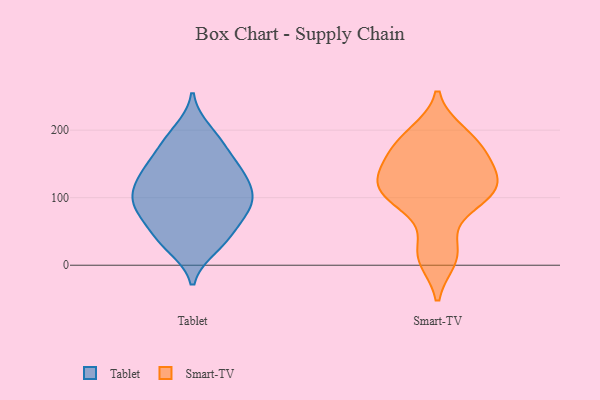
{"axis": {"x": "Temperature (°C)", "y": "Value"}, "legend": ["Smart-TV", "Tablet"], "data": [{"x": "", "y": 87, "type": "Tablet"}, {"x": "", "y": 27, "type": "Tablet"}, {"x": "", "y": 136, "type": "Tablet"}, {"x": "", "y": 199, "type": "Tablet"}, {"x": "", "y": 157, "type": "Tablet"}, {"x": "", "y": 84, "type": "Tablet"}, {"x": "", "y": 32, "type": "Tablet"}, {"x": "", "y": 67, "type": "Tablet"}, {"x": "", "y": 104, "type": "Tablet"}, {"x": "", "y": 186, "type": "Tablet"}, {"x": "", "y": 101, "type": "Tablet"}, {"x": "", "y": 144, "type": "Tablet"}, {"x": "", "y": 178, "type": "Tablet"}, {"x": "", "y": 135, "type": "Tablet"}, {"x": "", "y": 89, "type": "Tablet"}, {"x": "", "y": 48, "type": "Tablet"}, {"x": "", "y": 130, "type": "Tablet"}, {"x": "", "y": 87, "type": "Tablet"}, {"x": "", "y": 41, "type": "Tablet"}, {"x": "", "y": 115, "type": "Tablet"}, {"x": "", "y": 143, "type": "Smart-TV"}, {"x": "", "y": 152, "type": "Smart-TV"}, {"x": "", "y": 172, "type": "Smart-TV"}, {"x": "", "y": 87, "type": "Smart-TV"}, {"x": "", "y": 119, "type": "Smart-TV"}, {"x": "", "y": 10, "type": "Smart-TV"}, {"x": "", "y": 184, "type": "Smart-TV"}, {"x": "", "y": 113, "type": "Smart-TV"}, {"x": "", "y": 21, "type": "Smart-TV"}, {"x": "", "y": 195, "type": "Smart-TV"}, {"x": "", "y": 107, "type": "Smart-TV"}, {"x": "", "y": 112, "type": "Smart-TV"}]}